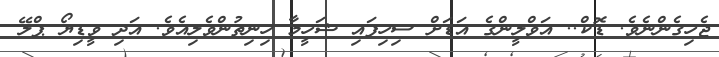
ޖެހިގެންނެވެ. ޑޮކް.. އަވްލީންގެ އަޑަށް ސިހިފައި ޝަހީމާ ހިނިތުންވެލިއެވެ. އަދި ވީޑިޔޯ ޕްލޭ